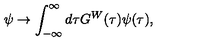
\psi \to \int _ { - \infty } ^ { \infty } d \tau G ^ { W } ( \tau ) \psi ( \tau ) ,